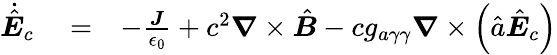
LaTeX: \begin{array}{rlr}{\dot{\hat{\boldsymbol E}}_{c}}&{{}=}&{-\frac{\boldsymbol J}{\epsilon_{0}}+c^{2}\boldsymbol\nabla\times\hat{\boldsymbol B}-cg_{a\gamma\gamma}\boldsymbol\nabla\times\left(\hat{a}\hat{\boldsymbol E}_{c}\right)}\end{array}